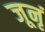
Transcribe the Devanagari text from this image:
जूनृं